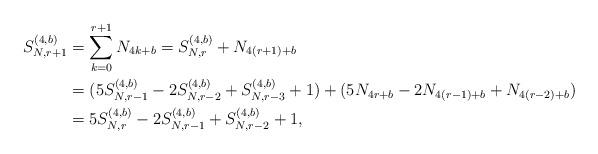
LaTeX: \begin{align*}S_{N,r+1}^{(4,b)}&=\sum_{k=0}^{r+1}N_{4k+b}=S_{N,r}^{(4,b)}+N_{4(r+1)+b} \\&=(5S_{N,r-1}^{(4,b)}-2S_{N,r-2}^{(4,b)}+S_{N,r-3}^{(4,b)}+1)+(5N_{4r+b}-2N_{4(r-1)+b}+N_{4(r-2)+b}) \\&=5S_{N,r}^{(4,b)}-2S_{N,r-1}^{(4,b)}+S_{N,r-2}^{(4,b)}+1,\end{align*}